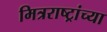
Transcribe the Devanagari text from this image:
मित्रराष्ट्रांच्या